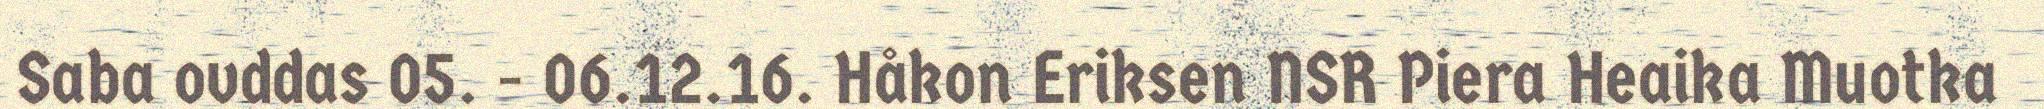
Saba ovddas 05. - 06.12.16. Håkon Eriksen NSR Piera Heaika Muotka